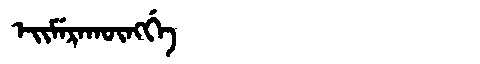
Manchu: ᡝᡳᠮᡝᡵᠠᡴᡡᠩᡤᡝ
Romanization: EIMERAKŪNGGE